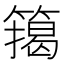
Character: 𮆉